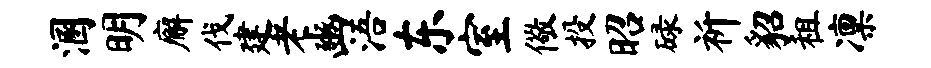
溷明廨伐建老豳浯东室儆投昭碌祈貂租凛